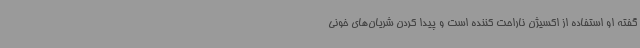
گفته او استفاده از اکسیژن ناراحت کننده است و پیدا کردن شریان‌های خونی